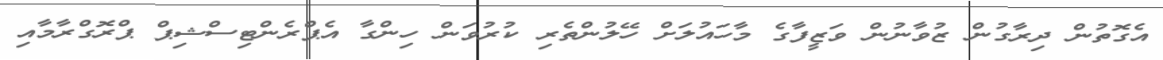
އެގޮތުން ދިރާގުން ޒުވާނުން ވަޒީފާގެ މާހައުލަށް ހޭލުންތެރި ކުރުވަން ހިންގާ އެޕްރެންޓިސްޝިޕް ޕްރޮގްރާމާއި